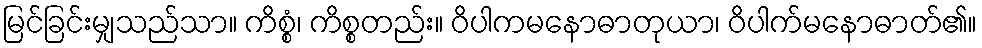
မြင်ခြင်းမျှသည်သာ။ ကိစ္စံ၊ ကိစ္စတည်း။ ဝိပါကမနောဓာတုယာ၊ ဝိပါက်မနောဓာတ်၏။